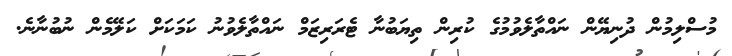
މުސްލިމުން ދުނިޔޭން ނައްތާލެވުމުގެ ކުރިން ތިޔަބުނާ ޓެރަރިޒަމް ނައްތާލެވުނު ކަމަކަށް ކަލޭމެން ނުބުނާނެ.